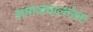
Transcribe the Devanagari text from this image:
समाजचालनेला